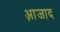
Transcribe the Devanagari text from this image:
आ़जाद